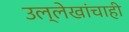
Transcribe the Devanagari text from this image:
उल्लेखांचाही